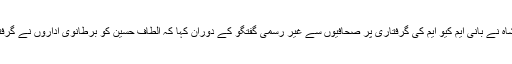
دوسری جانب وفاقی وزیر داخلہ اعجاز شاہ نے بانی ایم کیو ایم کی گرفتاری پر صحافیوں سے غیر رسمی گفتگو کے دوران کہا کہ الطاف حسین کو برطانوی اداروں نے گرفتار کیا ہے، انہیں خود تفتیش کرنے دیں۔